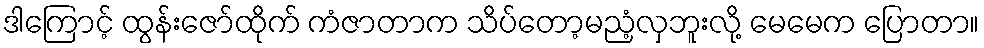
ဒါကြောင့် ထွန်းဇော်ထိုက် ကံဇာတာက သိပ်တော့မညံ့လှဘူးလို့ မေမေက ပြောတာ။